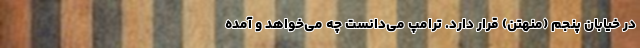
در خیابان پنجم (منهتن) قرار دارد. ترامپ می‌دانست چه می‌خواهد و آمده